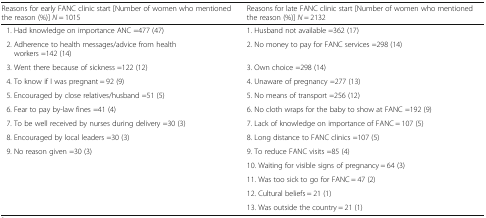
<table><thead><tr><td><b>Reasons for early FANC clinic start [Number of women who mentioned the reason (%)] <i>N</i> = 1015</b></td><td><b>Reasons for late FANC clinic start [Number of women who mentioned the reason (%)] <i>N</i> = 2132</b></td></tr></thead><tbody><tr><td> 1. Had knowledge on importance ANC =477 (47)</td><td>1. Husband not available =362 (17)</td></tr><tr><td> 2. Adherence to health messages/advice from health workers =142 (14)</td><td>2. No money to pay for FANC services =298 (14)</td></tr><tr><td> 3. Went there because of sickness =122 (12)</td><td>3. Own choice =298 (14)</td></tr><tr><td> 4. To know if I was pregnant = 92 (9)</td><td>4. Unaware of pregnancy =277 (13)</td></tr><tr><td> 5. Encouraged by close relatives/husband =51 (5)</td><td>5. No means of transport =256 (12)</td></tr><tr><td> 6. Fear to pay by-law fines =41 (4)</td><td>6. No cloth wraps for the baby to show at FANC =192 (9)</td></tr><tr><td> 7. To be well received by nurses during delivery =30 (3)</td><td>7. Lack of knowledge on importance of FANC = 107 (5)</td></tr><tr><td> 8. Encouraged by local leaders =30 (3)</td><td>8. Long distance to FANC clinics =107 (5)</td></tr><tr><td> 9. No reason given =30 (3)</td><td>9. To reduce FANC visits =85 (4)</td></tr><tr><td rowspan="4"></td><td>10. Waiting for visible signs of pregnancy = 64 (3)</td></tr><tr><td>11. Was too sick to go for FANC = 47 (2)</td></tr><tr><td>12. Cultural beliefs = 21 (1)</td></tr><tr><td>13. Was outside the country = 21 (1)</td></tr></tbody></table>